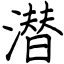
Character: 潜